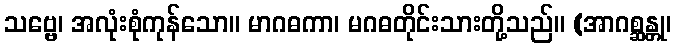
သဗ္ဗေ၊ အလုံးစုံကုန်သော။ မာဂဓကာ၊ မဂဓတိုင်းသားတို့သည်။ (အာဂစ္ဆန္တု၊